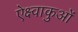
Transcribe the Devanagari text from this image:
ऐक्ष्वाकुओं